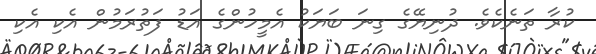
ކުރާ ތަނެކެވެ. ދުނިޔޭގެ ގިނަ ބަޔަކު އެމީހުންގެ އަޑު ފަތުރަމުން އެކި އެކި